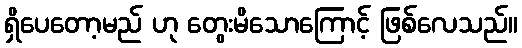
ရှိပေတော့မည် ဟု တွေးမိသောကြောင့် ဖြစ်လေသည်။